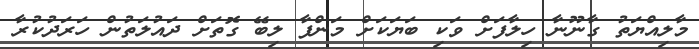
މާލިއްޔަތު ގާނޫނާ ހިލާފަށް ވަކި ބަޔަކަށް މަންފާ ލިބޭ ގޮތަށް ދައުލަތުން ހަރަދުކުރާ